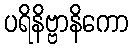
ပရိနိဗ္ဗာနိကော